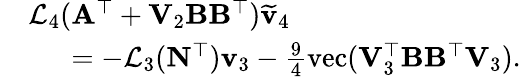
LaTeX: \begin{array}{rl}&{\mathcal{L}_{4}(\mathbf{A}^{\top}+\mathbf{V}_{2}\mathbf{B}\mathbf{B}^{\top})\widetilde{\mathbf{v}}_{4}}\\ &{\quad~=-\mathcal{L}_{3}(\mathbf{N}^{\top})\mathbf{v}_{3}-\frac{9}{4}\mathrm{vec}(\mathbf{V}_{3}^{\top}\mathbf{B}\mathbf{B}^{\top}\mathbf{V}_{3}).}\end{array}